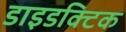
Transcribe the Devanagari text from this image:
डाइडक्टिक